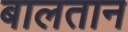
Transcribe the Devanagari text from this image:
बालतान